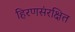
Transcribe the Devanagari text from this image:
हिरणसंरक्षित